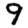
Digit: 9